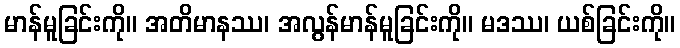
မာန်မူခြင်းကို။ အတိမာနဿ၊ အလွန်မာန်မူခြင်းကို။ မဒဿ၊ ယစ်ခြင်းကို။